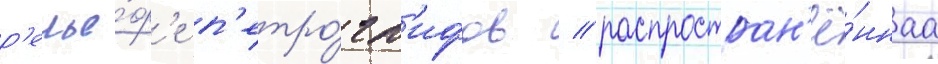
р'елье́ф'е п'етро́гл'ифов / распростран'ё́ннаа